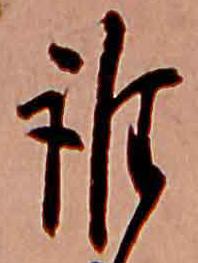
誰